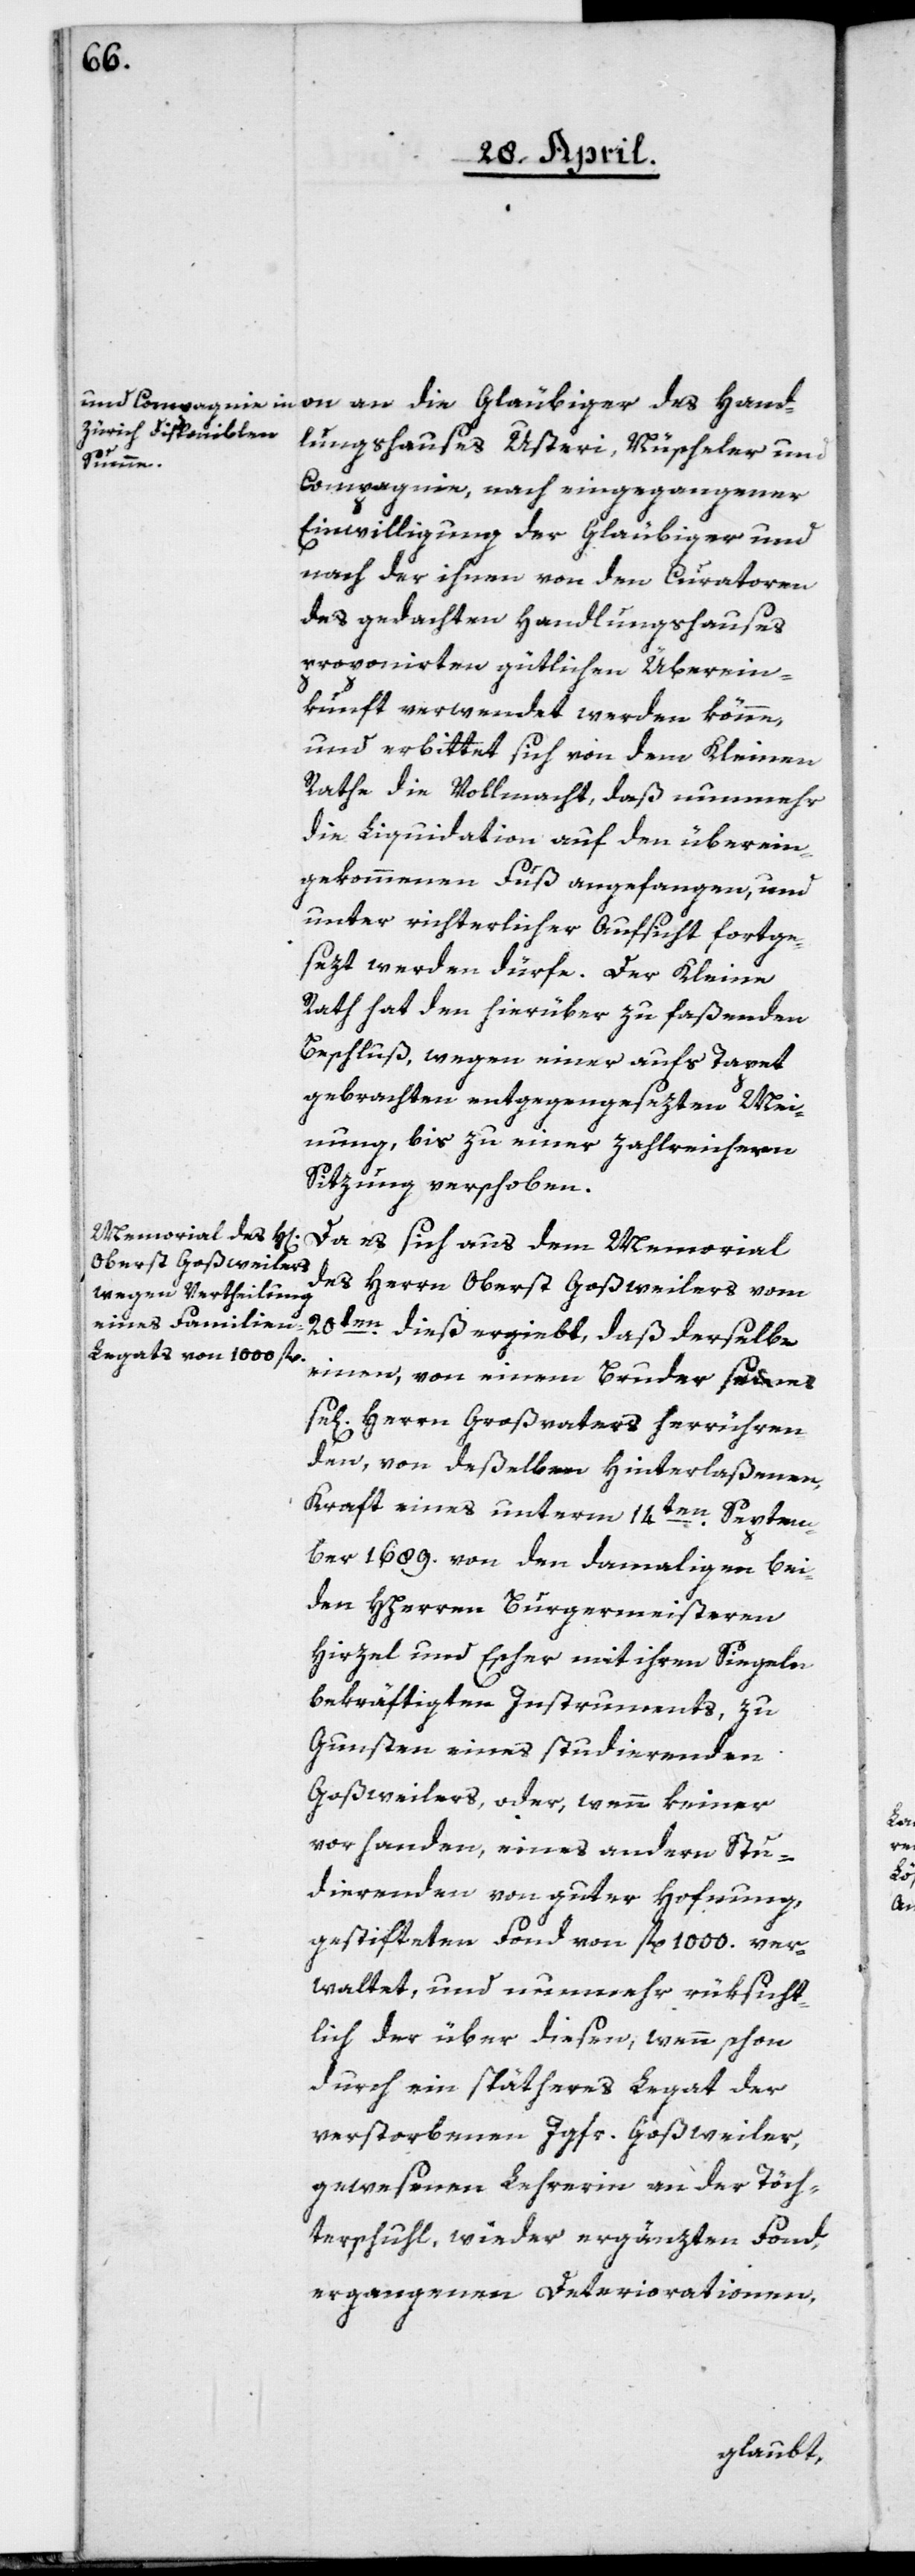
on an die Gläubiger des Hand¬
lungshauses Usteri, Nüscheler und
Compagnie, nach eingegangener
Einwilligung der Gläubiger und
nach der ihnen von den Curatoren
des gedachten Handlungshauses
proponierten gütlichen Überein¬
kunft verwendet werden könne,
und erbittet sich von dem Kleinen
Rathe die Vollmacht, daß nunmehr
die Liquidation auf den überein¬
gekommenen Fuß angefangen, und
unter richterlicher Aufsicht fortge¬
sezt werden dürfe. Der Kleine
Rath hat den hierüber zu faßenden
Beschluß, wegen einer aufs Tapet
gebrachten entgegengesezten Mei¬
nung, bis zu einer zahlreichern
Sitzung verschoben.
Da es sich aus dem Memorial
des Herrn Oberst Goßweilers vom
20ten dieß ergiebt, daß derselbe
einen, von einem Bruder seines
Herrn Großvaters herrühren¬
den, von deßelben Hinterlaßenen,
Kraft eines unterm 14ten Septem¬
ber 1689. von den damaligen bei¬
den HHerren Burgermeisteren
Hirzel und Escher mit ihren Siegeln
bekräftigten Instruments, zu
Gunsten eines studierenden
Goßweilers, oder, wenn keiner
vorhanden, eines andern Stu¬
dierenden von guter Hofnung
gestifteten Fonds von fl. 1000 ver¬
waltet, und nunmehr rüksicht¬
lich der über diesen, wenn schon
durch ein spätheres Legat der
verstorbenen Jgfr. Goßweiler,
gewesenen Lehrerin an der Töch¬
terschuhl, wieder ergänzten Fonds,
ergangenen Deteriorationen,